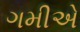
ગમીએ